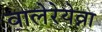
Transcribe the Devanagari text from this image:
वालेरेयेव्ना